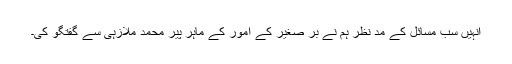
انہیں سب مسائل کے مد نظر ہم نے بر صغیر کے امور کے ماہر پیر محمد ملازہی سے گفتگو کی۔